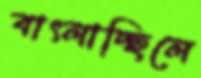
বাৎলাচ্ছিলে